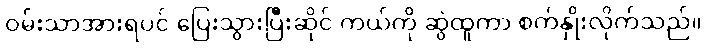
ဝမ်းသာအားရပင် ပြေးသွားပြီးဆိုင် ကယ်ကို ဆွဲထူကာ စက်နှိုးလိုက်သည်။